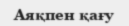
Аяқпен қағу